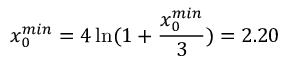
x _ { 0 } ^ { m i n } = 4 \ln ( 1 + { \frac { x _ { 0 } ^ { m i n } } { 3 } } ) = 2 . 2 0